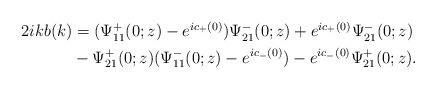
LaTeX: \begin{align*}\begin{aligned}2ikb(k)&=(\Psi^+_{11}(0 ;z)-e^{ic_+(0)}) \Psi^-_{21}(0;z)+e^{ic_+(0)}\Psi^-_{21}(0;z)\\&-\Psi^+_{21}(0;z) (\Psi^-_{11}(0;z)-e^{ic_-(0)})-e^{ic_-(0)}\Psi^+_{21}(0;z).\end{aligned}\end{align*}